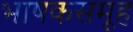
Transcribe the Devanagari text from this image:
भाषकसमूह